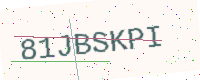
Text: 81JBSKPI